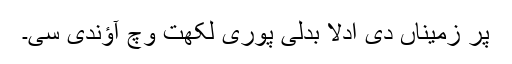
پر زمیناں دی ادلا بدلی پُوری لکھت وچ آؤندی سی۔